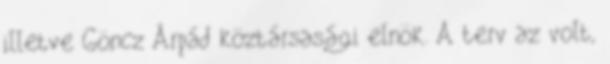
illetve Göncz Árpád köztársasági elnök. A terv az volt,